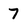
Character: 7